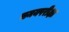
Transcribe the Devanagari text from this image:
समयपरीक्षा